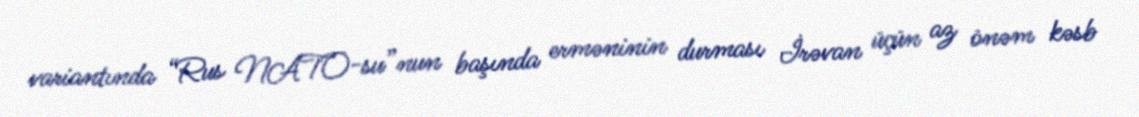
variantında “Rus NATO-su”nun başında erməninin durması İrəvan üçün az önəm kəsb